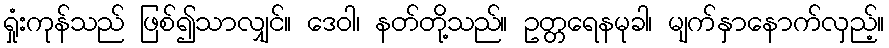
ရှုံးကုန်သည် ဖြစ်၍သာလျှင်။ ဒေဝါ၊ နတ်တို့သည်။ ဥတ္တရေနမုခါ၊ မျက်နှာနောက်လှည့်။